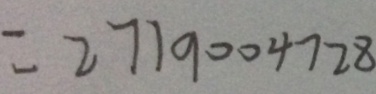
= 2 7 1 9 0 0 4 7 2 8